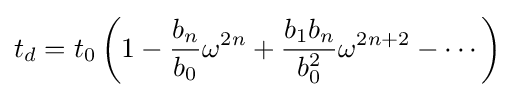
t_{d}=t_{0}\left(1-{\frac {b_{n}}{b_{0}}}\omega ^{2n}+{\frac {b_{1}b_{n}}{b_{0}^{2}}}\omega ^{2n+2}-\cdots \right)